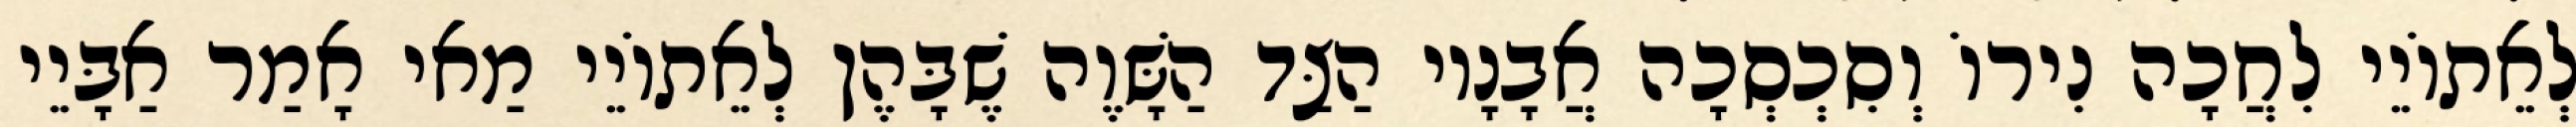
לְאֵתוֹיֵי לִחֲכָה נִירוֹ וְסִכְסְכָה אֲבָנָיו הַצַּד הַשָּׁוֶה שֶׁבָּהֶן לְאֵתוֹיֵי מַאי אָמַר אַבָּיֵי